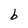
Character: b